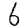
Digit: 6